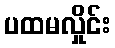
ပထမလှိုင်း